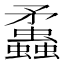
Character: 𧕑